Scottish Leaving Certificate Examination, 1960
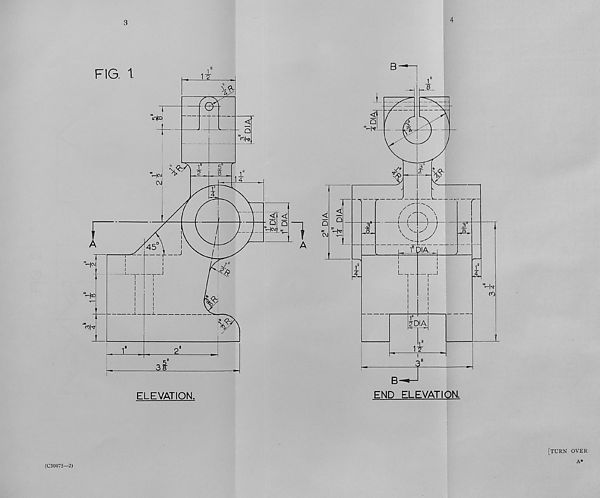
3
ELEVATION,
(C30075—2)
2D1A
I" DIA.
4
[turn over
A*